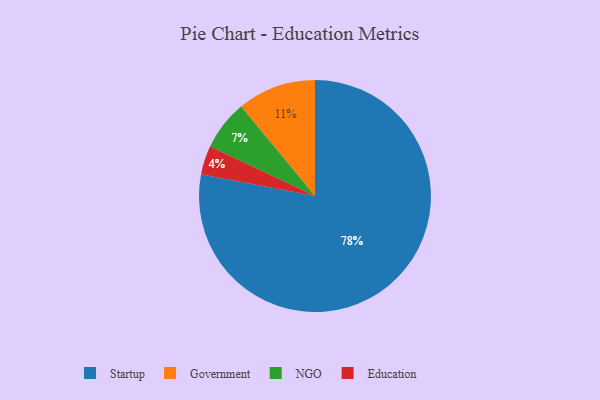
{"axis": {"x": "Category", "y": "Percentage"}, "legend": ["Education", "Government", "NGO", "Startup"], "data": [{"x": "Government", "y": 11, "type": "Government"}, {"x": "NGO", "y": 7, "type": "NGO"}, {"x": "Startup", "y": 78, "type": "Startup"}, {"x": "Education", "y": 4, "type": "Education"}]}